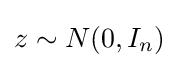
z\sim N(0,I_{n})